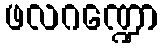
ဖလဂဏ္ဍော